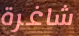
شاغرة